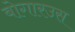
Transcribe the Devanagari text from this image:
बोगारउस